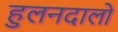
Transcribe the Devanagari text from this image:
हुलनदालो